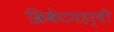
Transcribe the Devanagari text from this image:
क्रिकेटमहर्षी